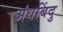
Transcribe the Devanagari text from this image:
अंधबिंदु